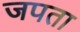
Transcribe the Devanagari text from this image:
जपता